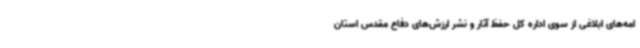
امه‌های ابلاغی از سوی اداره کل حفظ آثار و نشر ارزش‌های دفاع مقدس استان